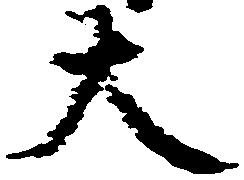
大